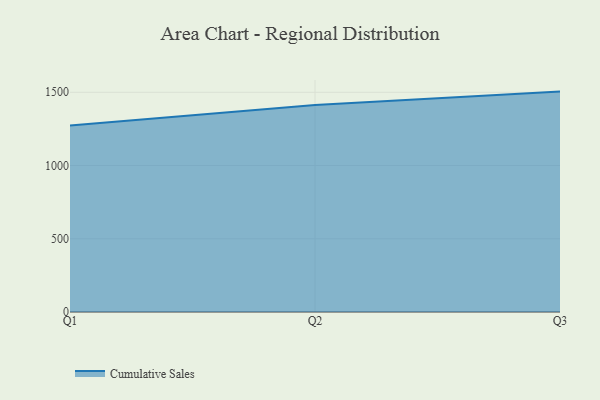
{"axis": {"x": "Quarter", "y": "Inventory Turnover"}, "legend": ["Cumulative Sales"], "data": [{"x": "Q1", "y": 1273.4, "type": "Cumulative Sales"}, {"x": "Q2", "y": 1413.2, "type": "Cumulative Sales"}, {"x": "Q3", "y": 1504.7, "type": "Cumulative Sales"}]}